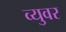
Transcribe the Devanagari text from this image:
व्युवर